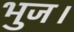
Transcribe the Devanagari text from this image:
भुज।